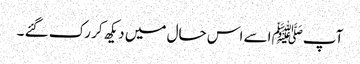
آپﷺ اسے اس حال میں دیکھ کر رک گئے ۔